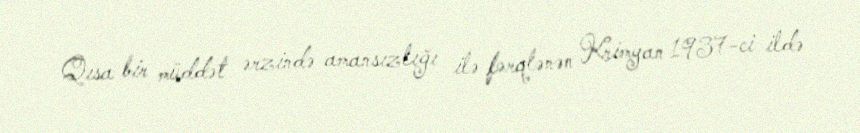
Qısa bir müddət ərzində amansızlığı ilə fərqlənən Krimyan 1937-ci ildə